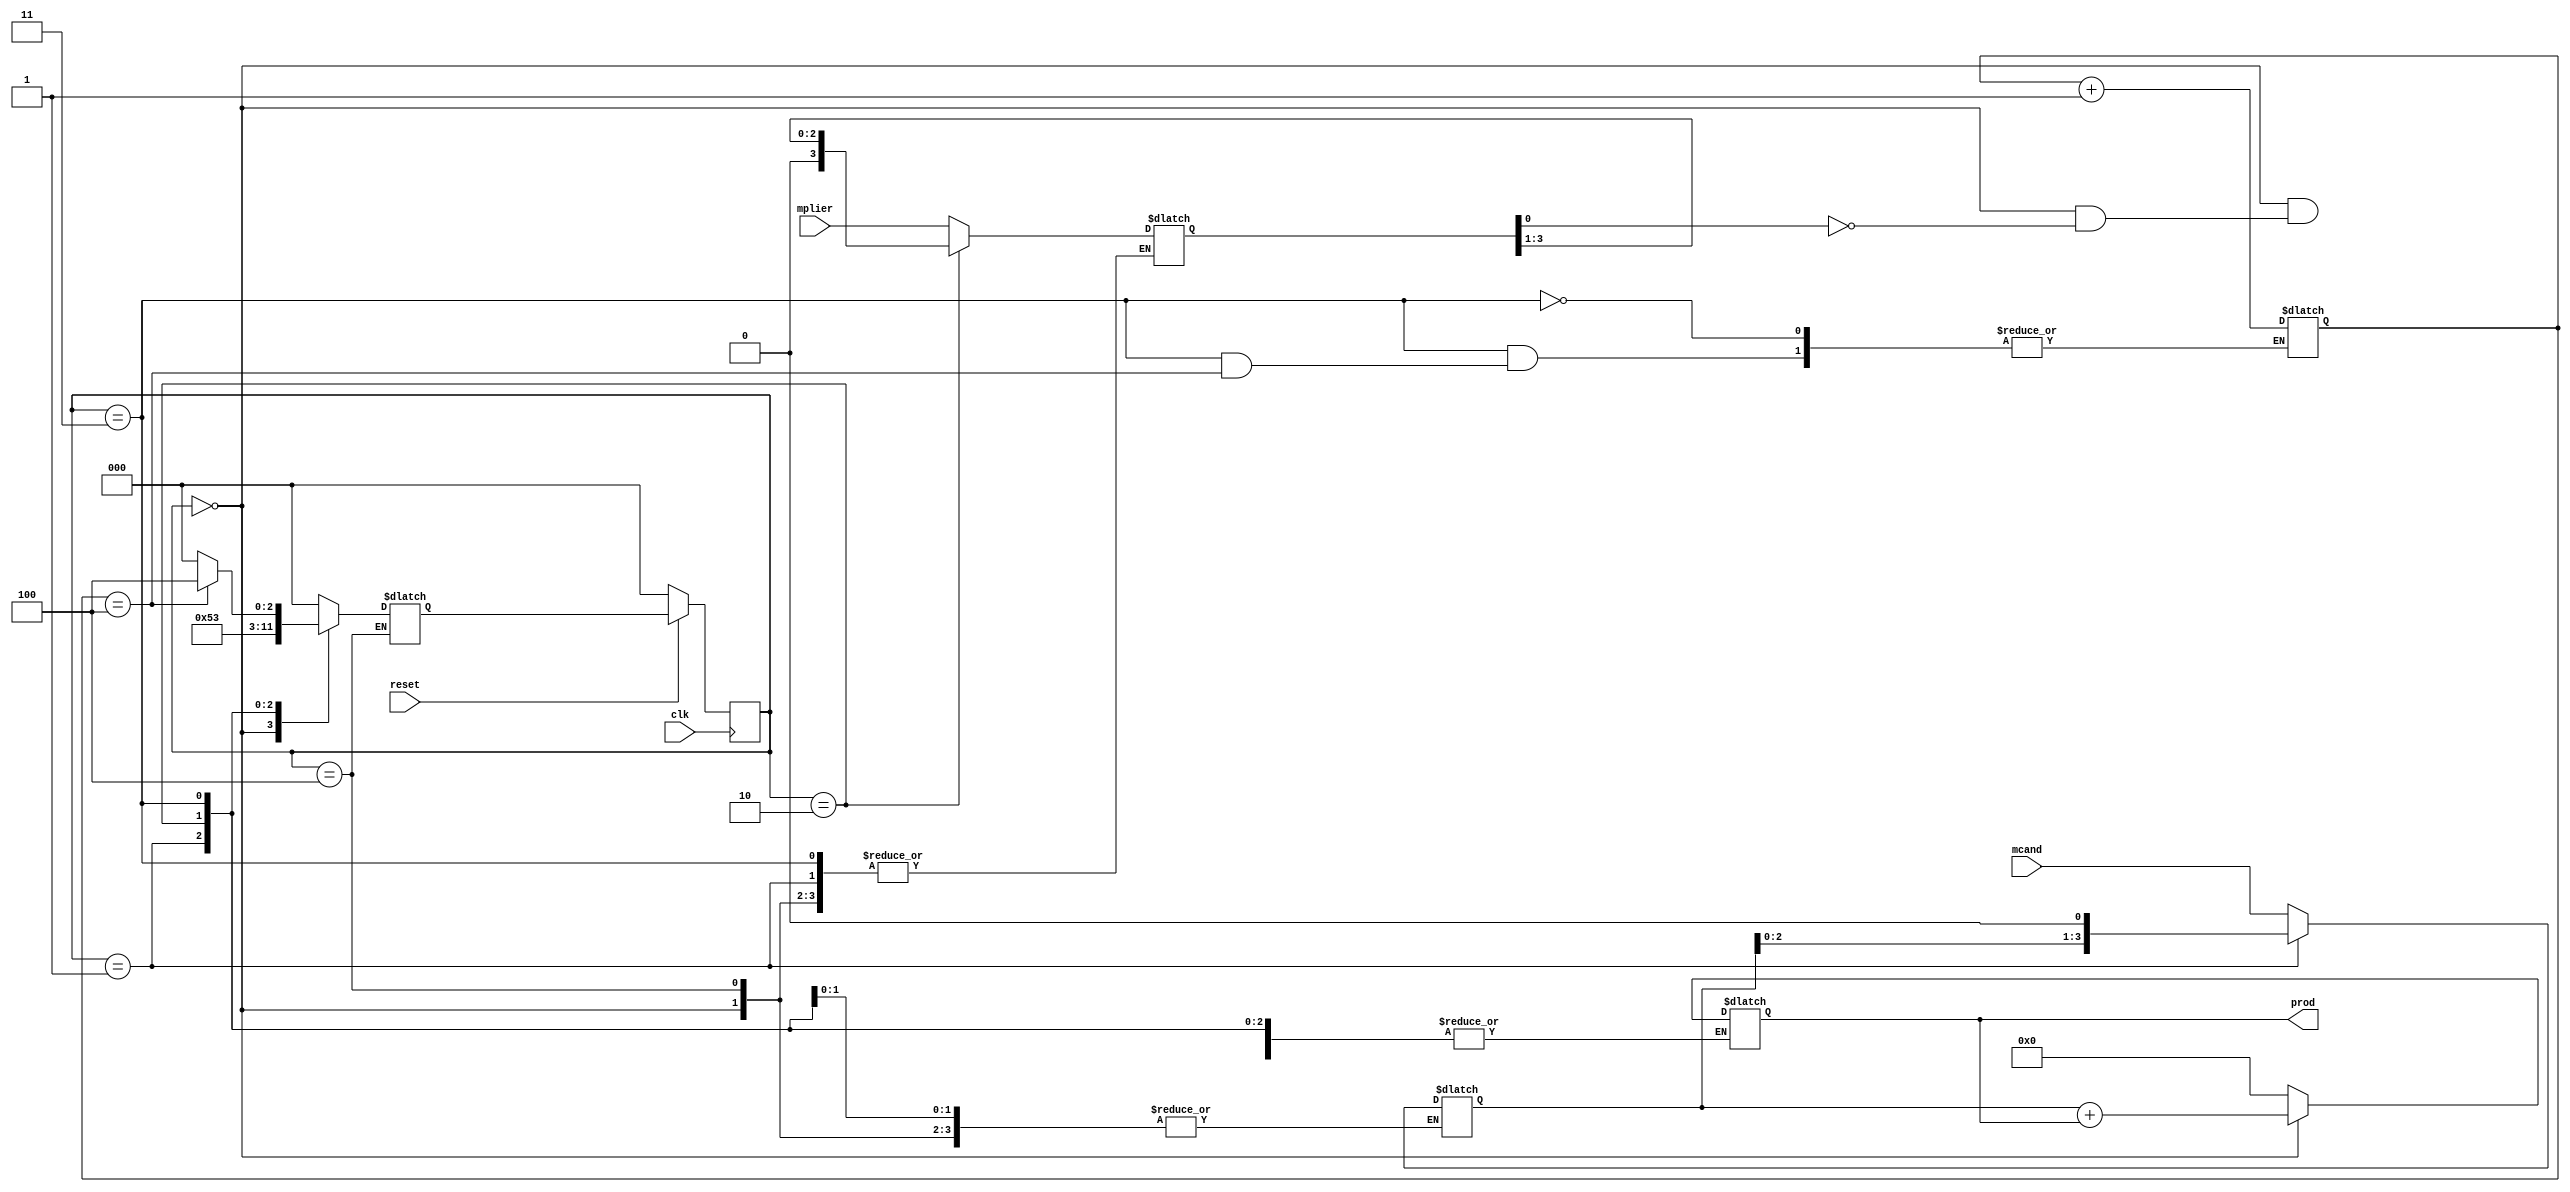
`timescale 1ns / 1ps
//////////////////////////////////////////////////////////////////////////////////
// Company: 
// Engineer: 
// 
// Design Name: 
// Module Name:    multiplier 
// Project Name: 
// Target Devices: 
// Tool versions: 
// Description: 
//
// Dependencies: 
//
// Revision: 
// Revision 0.01 - File Created
// Additional Comments: 
//
//////////////////////////////////////////////////////////////////////////////////
module multiplier(
    input [3:0]mcand,
    input [3:0]mplier,
	 input clk,reset,
    output reg [7:0]prod
    );

reg [3:0]N = 0;
reg [2:0]cur_s,nex_s;
parameter s0 = 3'b000,s1 = 3'b001,s2 = 3'b010,s3 = 3'b011,done = 3'b100;

reg [3:0]mcand_reg,mplier_reg;


always @(posedge clk)
begin
if(!reset)
cur_s <= s0;
else
cur_s <= nex_s;
end

always @(cur_s or mcand or mplier or mplier_reg or mcand_reg or N)
begin
case(cur_s)
s0:begin
	if(mplier_reg[0] == 1)
	begin
	prod = {4'b0000,mcand_reg} + prod;
	nex_s = s1;
	end
	else
	nex_s = s1;
	end
s1: begin
	mcand_reg = mcand_reg<<1;
	nex_s = s2;
	end
s2:begin
	mplier_reg = mplier_reg>>1;
	nex_s = s3;
	end
s3:begin
	if(N == 4'b0100)
	nex_s = done;
	else
	begin
	N = N+4'b0001;
	nex_s  = s0;
	end
	end
done: begin end
default: begin
			prod = 8'b00000000;
			mcand_reg = mcand;
			mplier_reg = mplier;
			nex_s = s0;
			end
endcase
end


endmodule